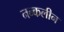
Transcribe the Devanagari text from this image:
नन्कलीन